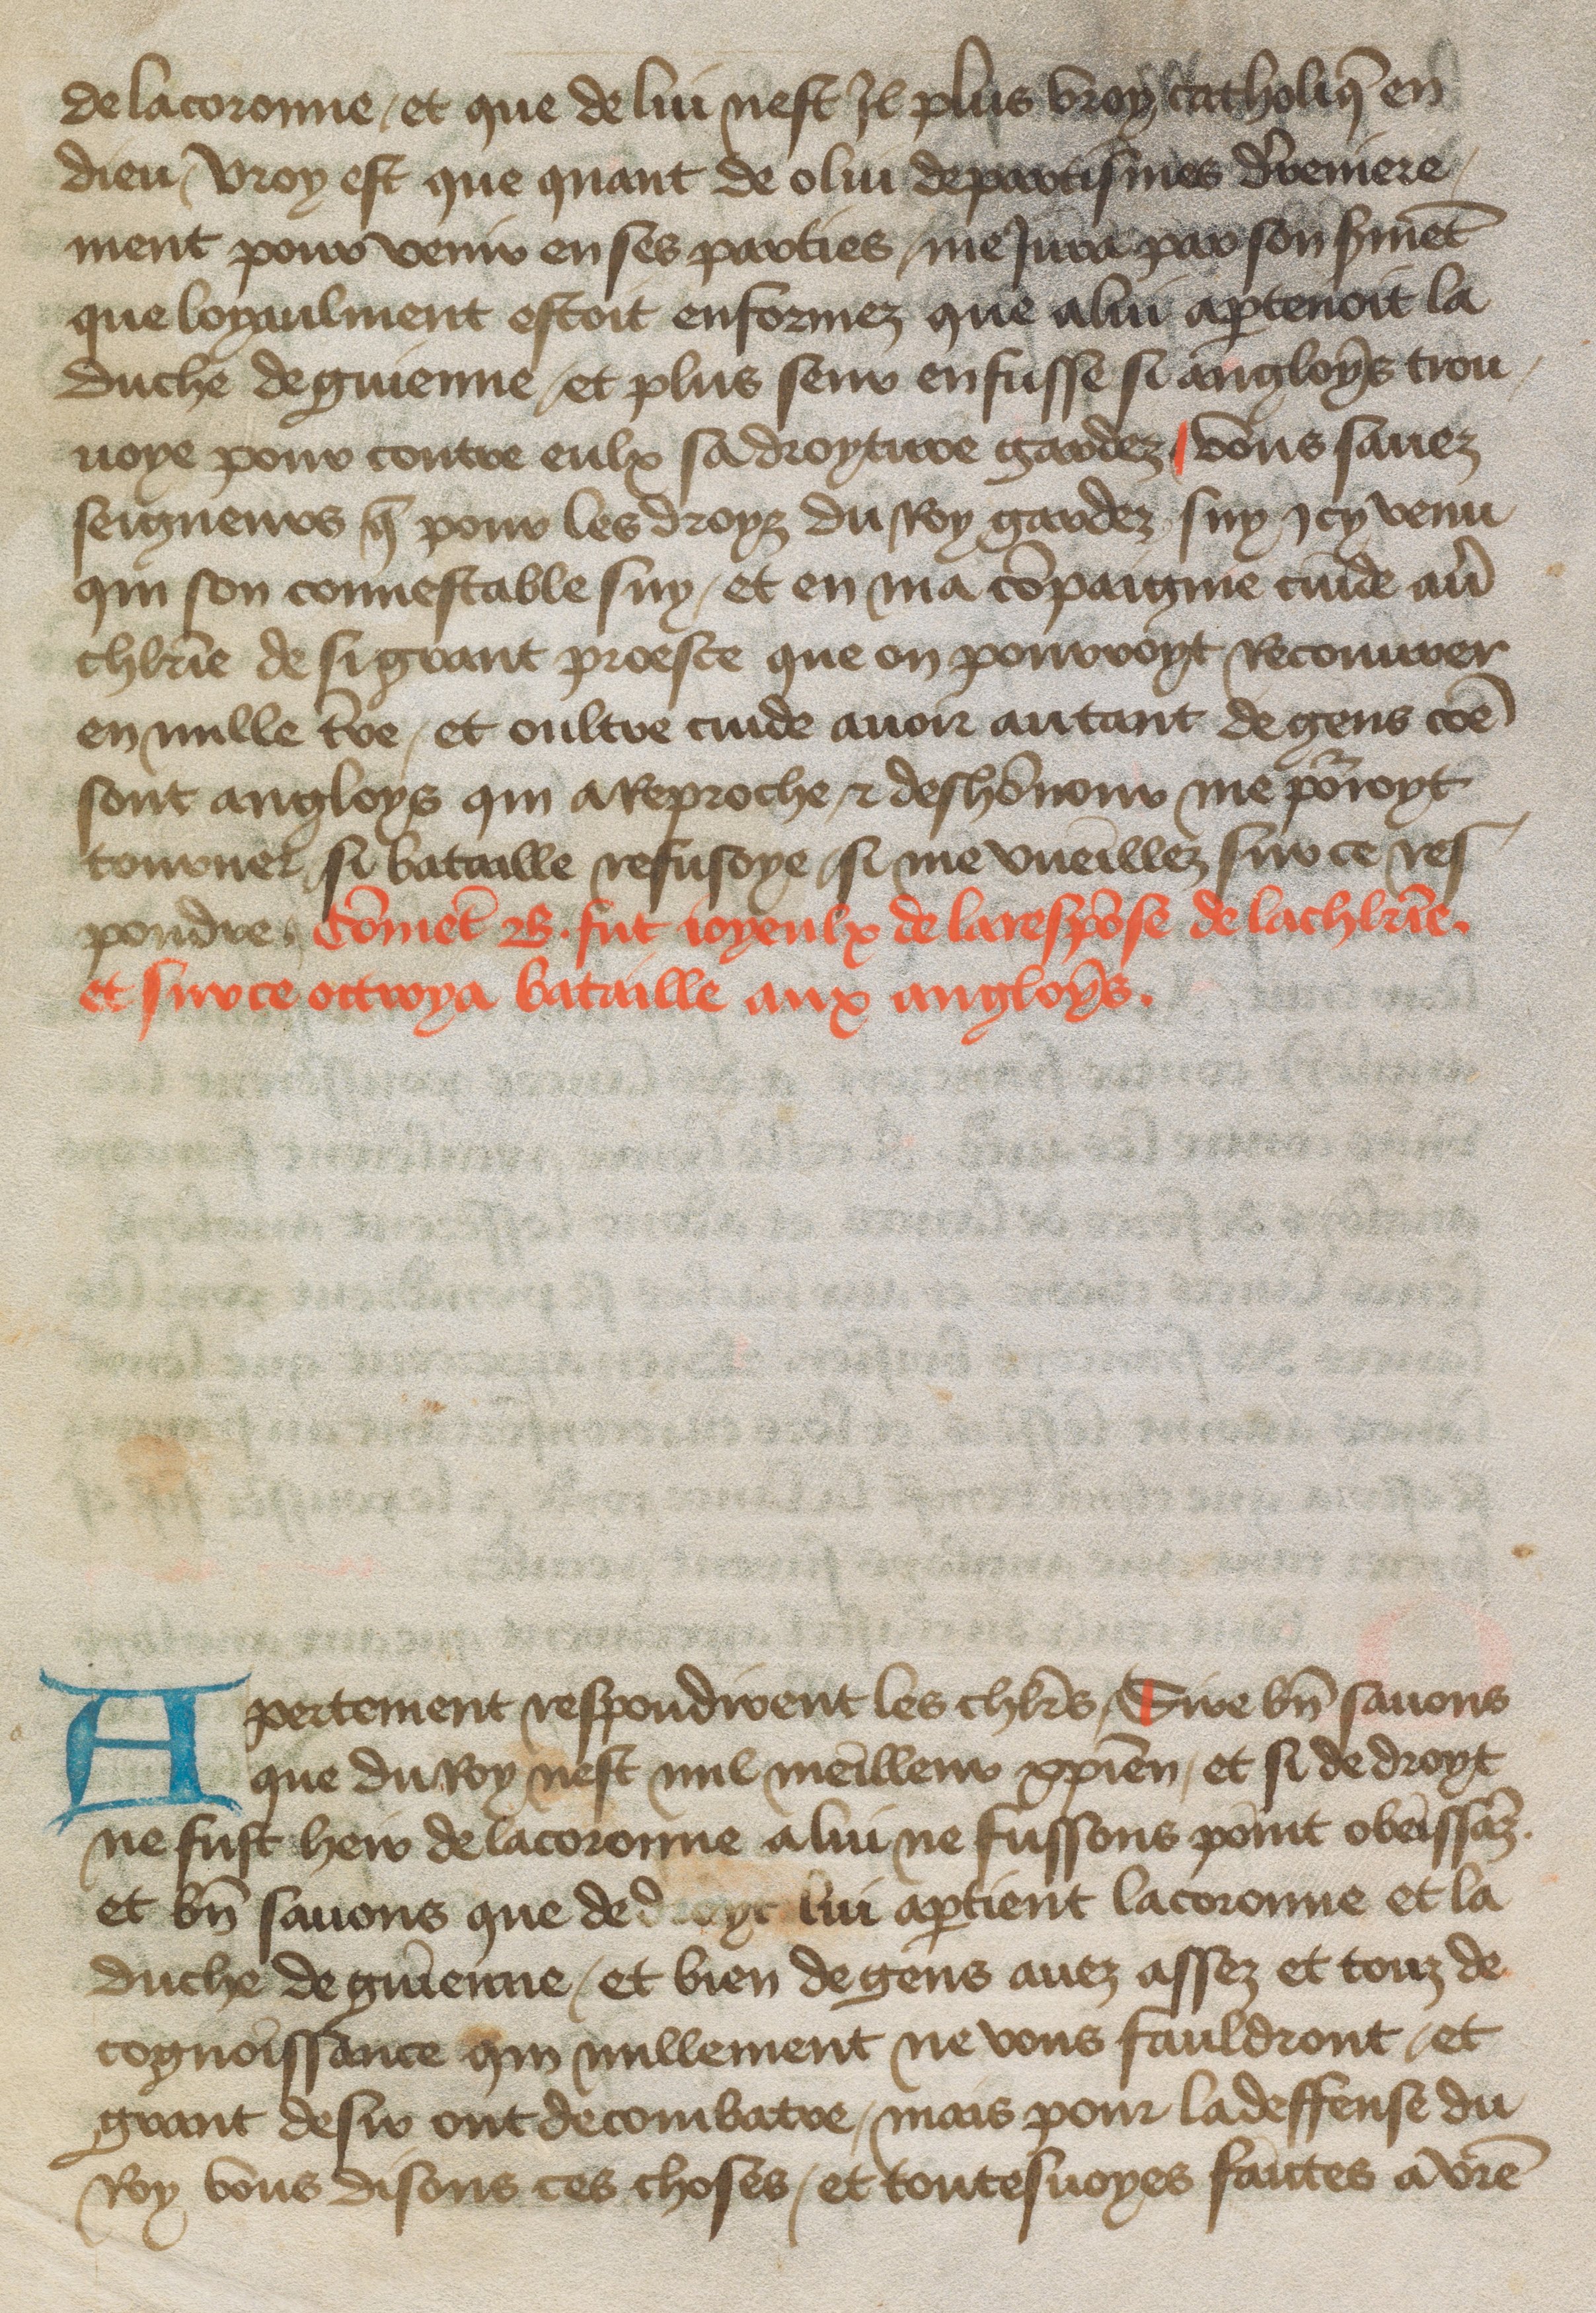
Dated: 1400–1499